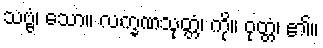
သဗ္ဗံ၊ သော။ လက္ခဏသုတ္တံ၊ ကို။ ဝုတ္တံ၊ ၏။